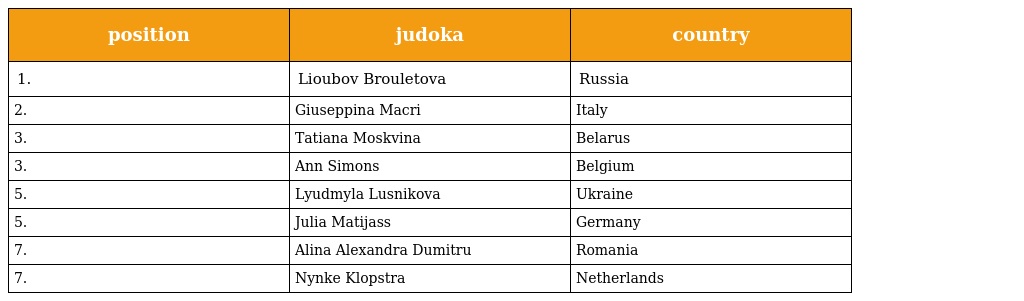
| position | judoka | country |
 | --- | --- | --- |
 | 1. | Lioubov Brouletova | Russia |
 | 2. | Giuseppina Macri | Italy |
 | 3. | Tatiana Moskvina | Belarus |
 | 3. | Ann Simons | Belgium |
 | 5. | Lyudmyla Lusnikova | Ukraine |
 | 5. | Julia Matijass | Germany |
 | 7. | Alina Alexandra Dumitru | Romania |
 | 7. | Nynke Klopstra | Netherlands |